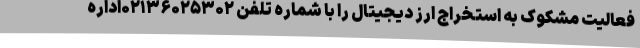
فعالیت مشکوک به استخراج ارز دیجیتال را با شماره تلفن ۰۲۱۳۶۰۲۵۳۰۲اداره